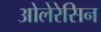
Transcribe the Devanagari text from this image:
ओलेरेसिन